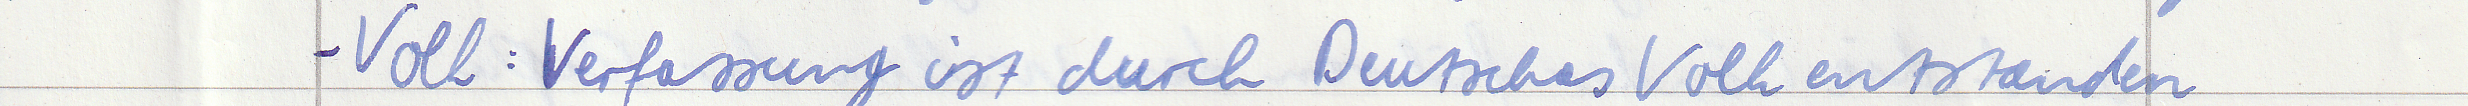
- Volk: Verfassung ist durch Deutsches Volk entstanden